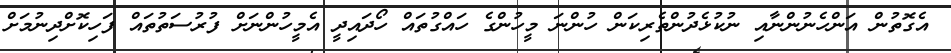
އެގޮތުން އަންހެނުންނާއި ނުކުޅެދުންތެރިކަން ހުންނަ މީހުންގެ ހައްގުތައް ހޯދައިދީ އެމީހުންނަށް ފުރުސަތުތައް ފަހިކޮށްދިނުމަށް